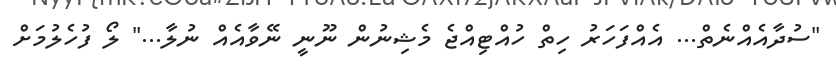
"ސުދާއެއްނެތް... އެއްފަހަރު ހިތް ހުއްޓިއްޖެ މެޝިނުން ނޫނީ ނޭވާއެއް ނުލާ..." ލޯ ފުހެލުމަށް